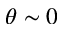
\theta \sim 0